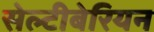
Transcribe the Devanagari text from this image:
सेल्टीबेरियन